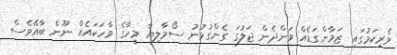
ވެރިކަމުގައި ޒަމާންގަޑެއް ވަންދެން ޖަލުގަ ގެންގުޅުނު ސޯމާލިޔާ މީހާގެ ވާހަކައެއް ނޫން ބާއޭވެސް